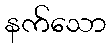
နက်သော